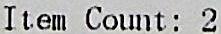
ITEM COUNT: 2